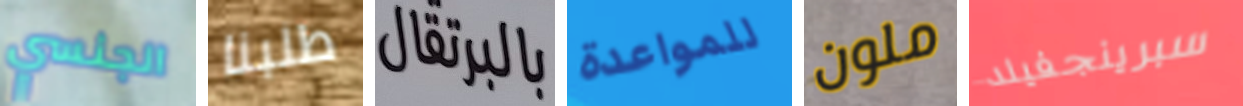
الجنسي طلبنا بالبرتقال للمواعدة ملون سبرينجفيلد